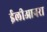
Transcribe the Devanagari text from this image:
ईलीआनरा